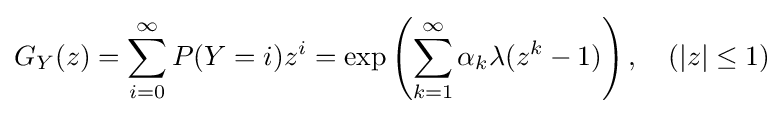
G_{Y}(z)=\sum \limits _{i=0}^{\infty }P(Y=i)z^{i}=\exp \left(\sum \limits _{k=1}^{\infty }\alpha _{k}\lambda (z^{k}-1)\right),\quad (|z|\leq 1)